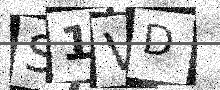
Text: S1VD